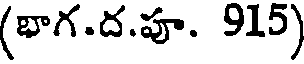
(భాగ.ద.పూ. 915)